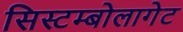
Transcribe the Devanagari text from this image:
सिस्टम्बोलागेट